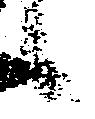
候